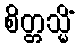
စိတ္တသ္မိံ